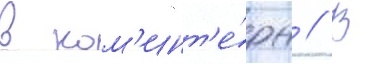
в ком'инт'е́рн // В